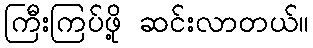
ကြီးကြပ်ဖို့ ဆင်းလာတယ်။